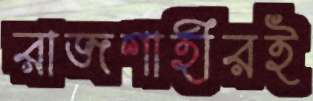
রাজশাহীরই